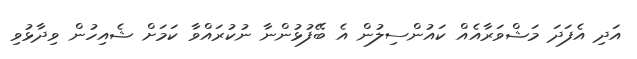
އަދި އެފަދަ މަޝްވަރާއެއް ކައުންސިލުން އެ ބޭފުޅުންނާ ނުކުރައްވާ ކަމަށް ޝެއިހުން ވިދާޅުވި